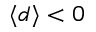
\langle d \rangle < 0